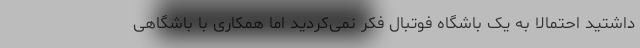
داشتید احتمالا به یک باشگاه فوتبال فکر نمی‌کردید اما همکاری با باشگاهی